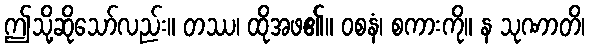
ဤသို့ဆိုသော်လည်း။ တဿ၊ ထိုအဖ၏။ ဝစနံ၊ စကားကို။ န သုဏာတိ၊